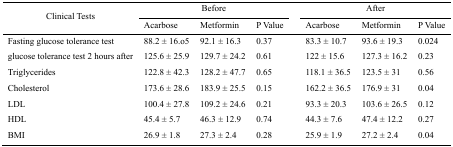
<table><thead><tr><td rowspan="3"><b>Clinical Tests</b></td><td colspan="3"><b>Before</b></td><td colspan="3"><b>After</b></td></tr><tr><td><b>Acarbose</b></td><td><b>Metformin</b></td><td><b>P Value</b></td><td><b>Acarbose</b></td><td><b>Metformin</b></td><td><b>P Value</b></td></tr></thead><tbody><tr><td>Fasting glucose tolerance test</td><td>88.2 ± 16.o5</td><td>92.1 ± 16.3</td><td>0.37</td><td>83.3 ± 10.7</td><td>93.6 ± 19.3</td><td>0.024</td></tr><tr><td>glucose tolerance test 2 hours after</td><td>125.6 ± 25.9</td><td>129.7 ± 24.2</td><td>0.61</td><td>122 ± 15.6</td><td>127.3 ± 16.2</td><td>0.23</td></tr><tr><td>Triglycerides</td><td>122.8 ± 42.3</td><td>128.2 ± 47.7</td><td>0.65</td><td>118.1 ± 36.5</td><td>123.5 ± 31</td><td>0.56</td></tr><tr><td>Cholesterol</td><td>173.6 ± 28.6</td><td>183.9 ± 25.5</td><td>0.15</td><td>162.2 ± 36.5</td><td>176.9 ± 31</td><td>0.04</td></tr><tr><td>LDL</td><td>100.4 ± 27.8</td><td>109.2 ± 24.6</td><td>0.21</td><td>93.3 ± 20.3</td><td>103.6 ± 26.5</td><td>0.12</td></tr><tr><td>HDL</td><td>45.4 ± 5.7</td><td>46.3 ± 12.9</td><td>0.74</td><td>44.3 ± 7.6</td><td>47.4 ± 12.2</td><td>0.27</td></tr><tr><td>BMI</td><td>26.9 ± 1.8</td><td>27.3 ± 2.4</td><td>0.28</td><td>25.9 ± 1.9</td><td>27.2 ± 2.4</td><td>0.04</td></tr></tbody></table>